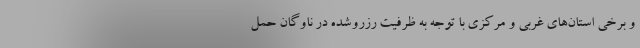
و برخی استان‌های غربی و مرکزی با توجه به ظرفیت رزروشده در ناوگان حمل